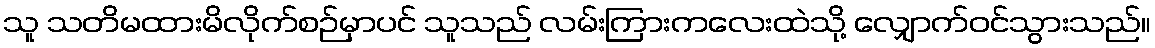
သူ သတိမထားမိလိုက်စဉ်မှာပင် သူသည် လမ်းကြားကလေးထဲသို့ လျှောက်ဝင်သွားသည်။